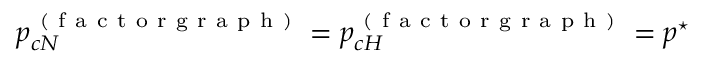
p _ { c N } ^ { \mathrm { ~ ( ~ f ~ a ~ c ~ t ~ o ~ r ~ g ~ r ~ a ~ p ~ h ~ ) ~ } } = p _ { c H } ^ { \mathrm { ~ ( ~ f ~ a ~ c ~ t ~ o ~ r ~ g ~ r ~ a ~ p ~ h ~ ) ~ } } = p ^ { \star }